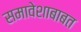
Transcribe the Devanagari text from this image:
समावेशाबाबत